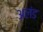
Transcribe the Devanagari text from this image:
अलंड